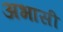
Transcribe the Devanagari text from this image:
अभासी